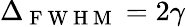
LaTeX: \Delta_{\mathrm{~F~W~H~M~}}=2\gamma